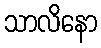
သာလိနော